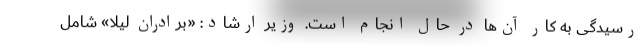
رسیدگی به کار آن‌ها در حال انجام است. وزیر ارشاد: «برادران لیلا» شامل